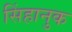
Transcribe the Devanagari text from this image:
सिंहानुक